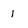
Character: 1